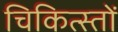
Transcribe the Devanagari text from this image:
चिकित्स्तों